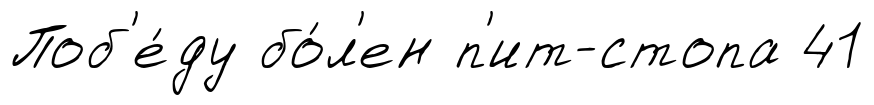
Поб'е́ду бо́л'ен п'ит-стопа 41